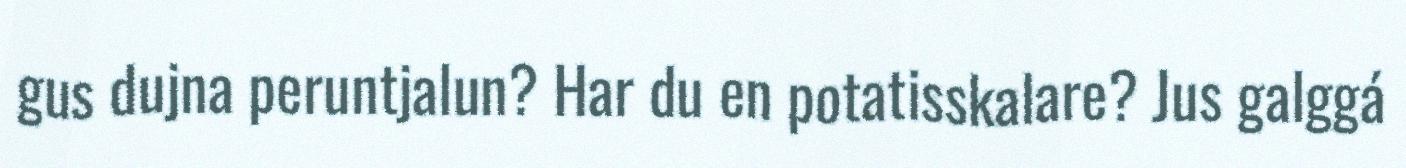
gus dujna peruntjalun? Har du en potatisskalare? Jus galggá